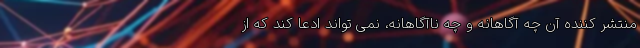
منتشر کننده آن چه آگاهانه و چه ناآگاهانه، نمی تواند ادعا کند که از